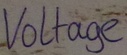
Text: Voltage